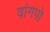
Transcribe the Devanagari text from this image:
वांगपो